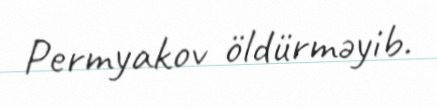
Permyakov öldürməyib.